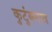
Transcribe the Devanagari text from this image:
कुटुंबनाव